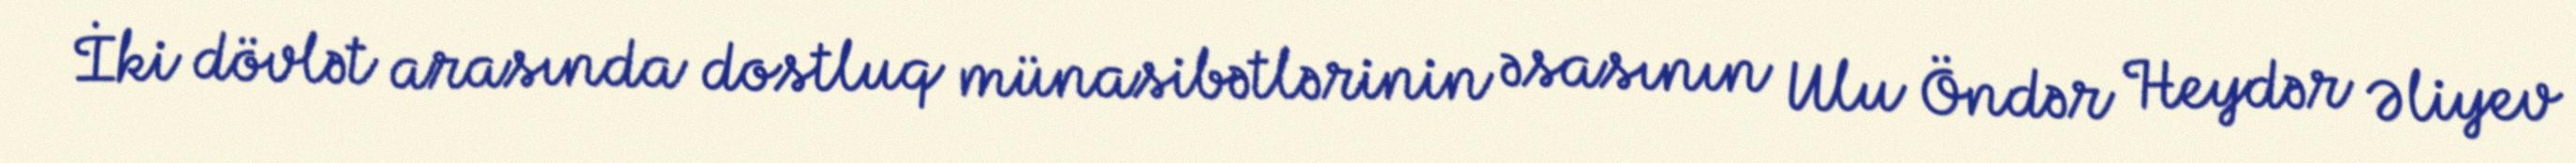
İki dövlət arasında dostluq münasibətlərinin əsasının Ulu Öndər Heydər Əliyev